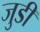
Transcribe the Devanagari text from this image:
जुडीं